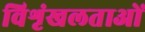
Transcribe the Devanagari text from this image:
विशृंखलताओं